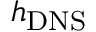
h _ { \mathrm { D N S } }